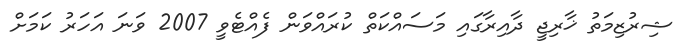
ޝިރުޒިމަތު ޚާރިޖީ ދާއިރާގައި މަސައްކަތް ކުރައްވަން ފެއްޓެވީ 2007 ވަނަ އަހަރު ކަމަށް